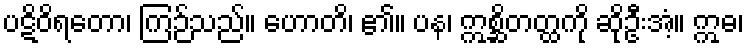
ပဋိဝိရတော၊ ကြဉ်သည်။ ဟောတိ၊ ၏။ ပန၊ ဣစ္ဆိတတ္ထကို ဆိုဦးအံ့။ ဣဓ၊